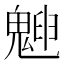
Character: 𩳱